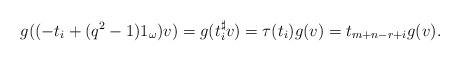
LaTeX: \begin{align*}g((-t_i+(q^2-1)1_\omega) v)=g(t_i^\sharp v)=\tau(t_i)g( v)=t_{m+n-r+i}g( v).\end{align*}